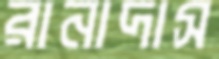
রানাদাস